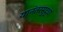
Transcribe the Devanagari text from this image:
यानंतरसुद्धा